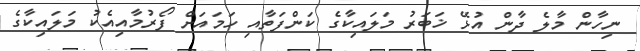
ނިހާން މާލެ ދާން އުޅޭ ޚަބަރު މަލައިކާގެ ކަންފަތާއި ހަމައަށް ފޯރުމާއިއެކު މަލައިކާގެ